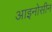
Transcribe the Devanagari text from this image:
आइनोसीन